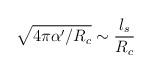
LaTeX: \begin{align*}\sqrt{4\pi \alpha '/R_{c}}\sim \frac{l_{s}}{R_{c}}\end{align*}